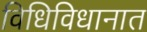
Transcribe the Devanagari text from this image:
विधिविधानात